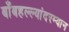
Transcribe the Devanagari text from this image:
बाँबहल्ल्यांदरम्यान